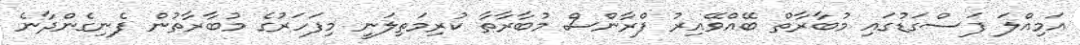
އަމިއްލަ ފަސްގަޑުގައި މުބާރާތް ބޭއްވޭއިރު ފްރާންސް މުބާރާތާ ކުރިމަތިލަނީ މިފަހަރުގެ މުބާރާތުން ފެނިގެންދާނެ